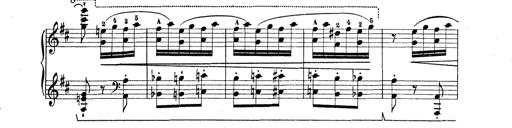
Title: Rapsodie: 19 ungheresi, 1 spagnuola
Composer: Franz Liszt